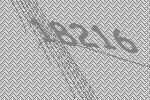
18216